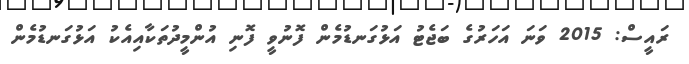
ރައީސް: 2015 ވަނަ އަހަރުގެ ބަޖެޓު އަޅުގަނޑުމެން ފޮނުވީ ފޮނި އުންމީދުތަކާއިއެކު އަޅުގަނޑުމެން